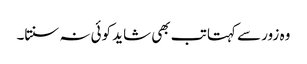
وہ زور سے کہتا تب بھی شاید کوئی نہ سنتا۔